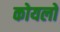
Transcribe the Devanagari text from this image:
कोयलो